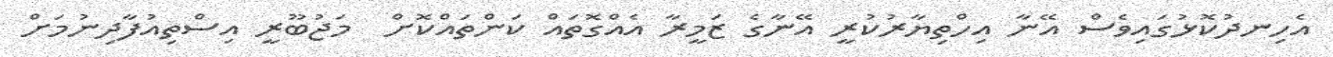
އެހިނދުކޮޅުގައިވެސް އޭނާ އިހްތިޔާރުކުރީ އޭނާގެ ޒަމީރާ އެއްގޮތައް ކަންތައްކޮށް  މަޖުބޫރީ އިސްތިއުފާދިނުމަށް